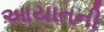
આયાતની